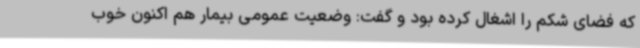
که فضای شکم را اشغال کرده بود و گفت: وضعیت عمومی بیمار هم اکنون خوب